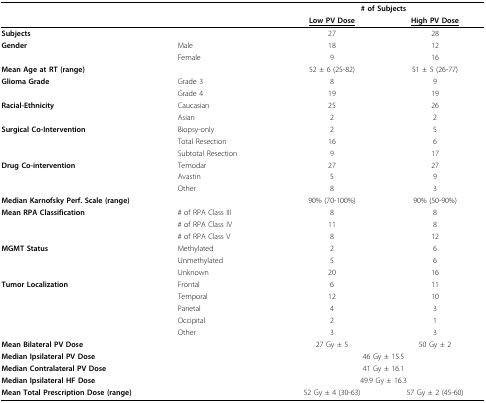
<table><thead><tr><td></td><td></td><td colspan="2"><b># of Subjects</b></td></tr><tr><td></td><td></td><td><b><underline>Low PV Dose</underline></b></td><td><b><underline>High PV Dose</underline></b></td></tr></thead><tbody><tr><td><b>Subjects</b></td><td></td><td>27</td><td>28</td></tr><tr><td><b>Gender</b></td><td>Male</td><td>18</td><td>12</td></tr><tr><td></td><td>Female</td><td>9</td><td>16</td></tr><tr><td><b>Mean Age at RT (range)</b></td><td></td><td>52 ± 6 (25-82)</td><td>51 ± 5 (26-77)</td></tr><tr><td><b>Glioma Grade</b></td><td>Grade 3</td><td>8</td><td>9</td></tr><tr><td></td><td>Grade 4</td><td>19</td><td>19</td></tr><tr><td><b>Racial-Ethnicity</b></td><td>Caucasian</td><td>25</td><td>26</td></tr><tr><td></td><td>Asian</td><td>2</td><td>2</td></tr><tr><td><b>Surgical Co-Intervention</b></td><td>Biopsy-only</td><td>2</td><td>5</td></tr><tr><td></td><td>Total Resection</td><td>16</td><td>6</td></tr><tr><td></td><td>Subtotal Resection</td><td>9</td><td>17</td></tr><tr><td><b>Drug Co-intervention</b></td><td>Temodar</td><td>27</td><td>27</td></tr><tr><td></td><td>Avastin</td><td>5</td><td>9</td></tr><tr><td></td><td>Other</td><td>8</td><td>3</td></tr><tr><td><b>Median Karnofsky Perf. Scale (range)</b></td><td></td><td>90% (70-100%)</td><td>90% (50-90%)</td></tr><tr><td><b>Mean RPA Classification</b></td><td># of RPA Class III</td><td>8</td><td>8</td></tr><tr><td></td><td># of RPA Class IV</td><td>11</td><td>8</td></tr><tr><td></td><td># of RPA Class V</td><td>8</td><td>12</td></tr><tr><td><b>MGMT Status</b></td><td>Methylated</td><td>2</td><td>6</td></tr><tr><td></td><td>Unmethylated</td><td>5</td><td>6</td></tr><tr><td></td><td>Unknown</td><td>20</td><td>16</td></tr><tr><td><b>Tumor Localization</b></td><td>Frontal</td><td>6</td><td>11</td></tr><tr><td></td><td>Temporal</td><td>12</td><td>10</td></tr><tr><td></td><td>Parietal</td><td>4</td><td>3</td></tr><tr><td></td><td>Occipital</td><td>2</td><td>1</td></tr><tr><td></td><td>Other</td><td>3</td><td>3</td></tr><tr><td><b>Mean Bilateral PV Dose</b></td><td></td><td>27 Gy ± 5</td><td>50 Gy ± 2</td></tr><tr><td><b>Median Ipsilateral PV Dose</b></td><td></td><td colspan="2">46 Gy ± 15.5</td></tr><tr><td><b>Median Contralateral PV Dose</b></td><td></td><td colspan="2">41 Gy ± 16.1</td></tr><tr><td><b>Median Ipsilateral HF Dose</b></td><td></td><td colspan="2">49.9 Gy ± 16.3</td></tr><tr><td><b>Mean Total Prescription Dose (range)</b></td><td></td><td>52 Gy ± 4 (30-63)</td><td>57 Gy ± 2 (45-60)</td></tr></tbody></table>